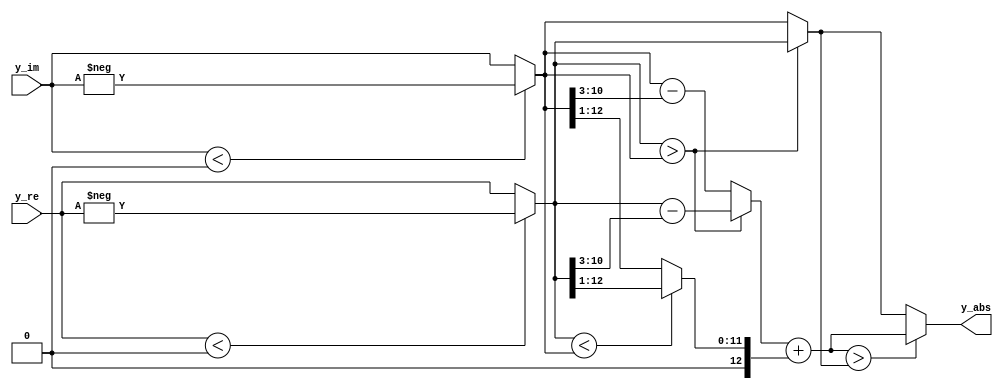
/********************************************************************/
/*                                                                  */
/* Kombinacios logika komplex szam abszolutertekenek kozelitesere.  */
/*                                                                  */
/* - A be- es kimeneti formatum: s.12                               */
/* - Ez az implementacio az alabbi kozelitest hasznalja:            */
/*     sqrt(a.^2+b.^2)=max((0.875*max(a,b)+0.5*min(a,b)),max(a,b))  */
/*                                                                  */
/********************************************************************/

module abs(
	input signed [12:0] y_re, y_im,
	output signed [12:0] y_abs
);

	/* abszolutertek */
	wire signed [12:0] a, b;
	assign a=(y_re<0)?(-y_re):y_re;
	assign b=(y_im<0)?(-y_im):y_im;

	/* 0.875*max(a,b) */
	wire signed [12:0] m1;
	assign m1=(a>b)?(a-{3'b000,a[10:3]}):(b-{3'b000,b[10:3]});

	/* 0.5*min(a,b) */
	wire signed [12:0] m2;
	assign m2=(a<b)?{1'b0,a[12:1]}:{1'b0,b[12:1]};

	/* max(a,b) */
	wire signed [12:0] m3;
	assign m3=(a>b)?a:b;

	assign y_abs=((m1+m2)>m3)?(m1+m2):m3;

endmodule